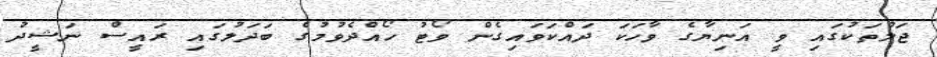
ޖަލުތަކުގައި ވީ އަނިޔާގެ ވާހަކަ ދައްކަވައިގެން ވޯޓު ހޯއްދެވުމުގެ ބަދަލުގައި ރައީސް ނަޝީދު